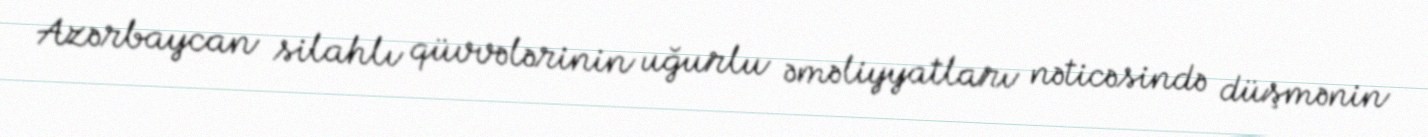
Azərbaycan silahlı qüvvələrinin uğurlu əməliyyatları nəticəsində düşmənin